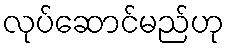
လုပ်ဆောင်မည်ဟု